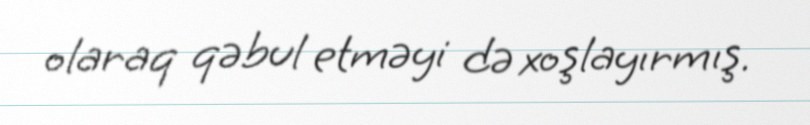
olaraq qəbul etməyi də xoşlayırmış.